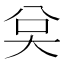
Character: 𭑉